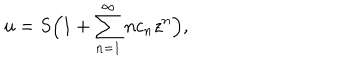
u = S \Big ( 1 + \sum _ { n = 1 } ^ { \infty } n c _ { n } z ^ { n } \Big ) ,